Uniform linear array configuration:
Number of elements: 24
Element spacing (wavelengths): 1
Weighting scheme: blackman
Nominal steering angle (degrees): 60
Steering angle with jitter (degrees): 60.057
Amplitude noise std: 0.05
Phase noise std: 0.05

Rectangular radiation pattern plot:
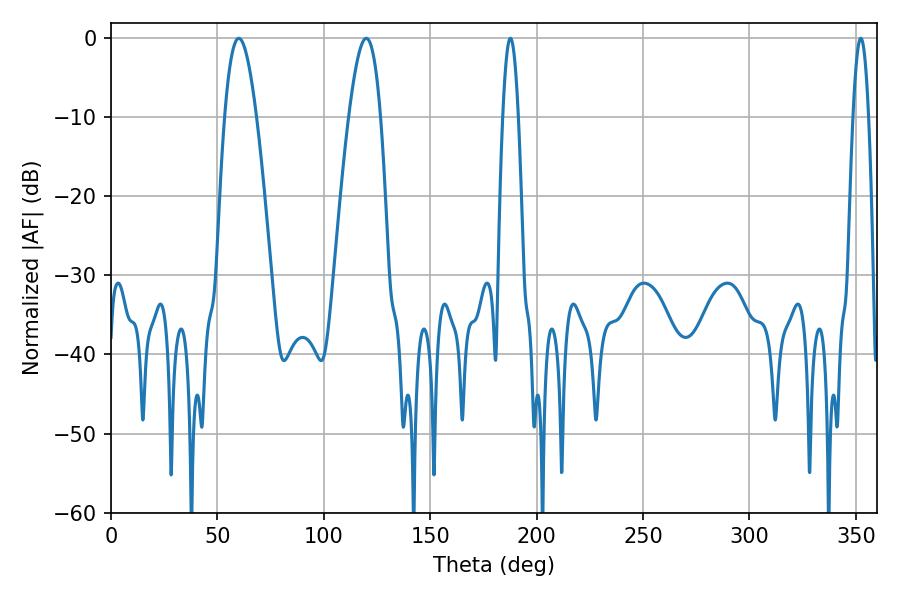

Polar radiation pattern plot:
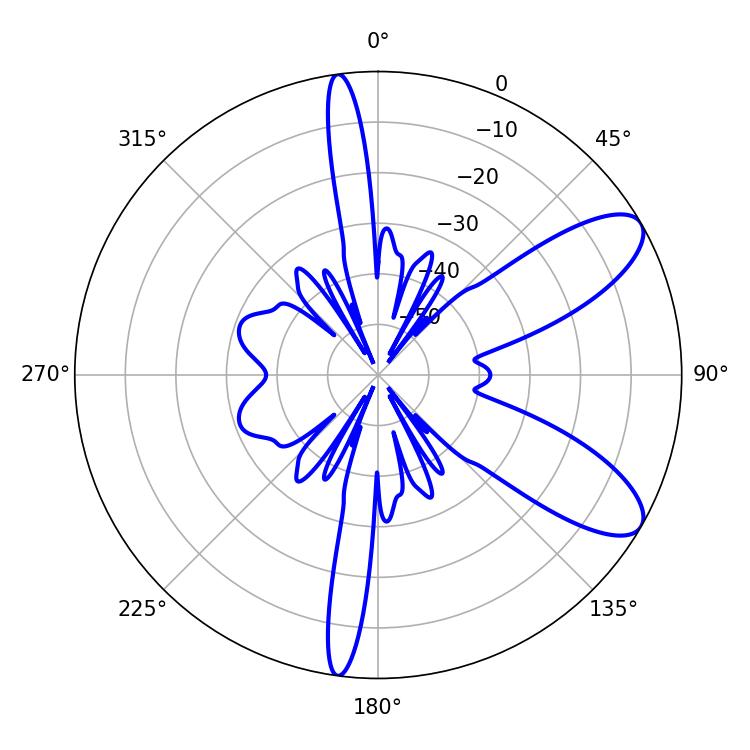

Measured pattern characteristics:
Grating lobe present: TRUE
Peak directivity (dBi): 9.092
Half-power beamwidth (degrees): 8.28
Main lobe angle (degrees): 60.12